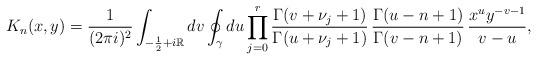
LaTeX: \begin{align*} K_n(x,y)=\frac{1}{(2\pi i)^2}\int_{-\frac{1}{2}+i\mathbb R}dv\oint_{\gamma}du \prod_{j=0}^r \frac{\Gamma(v+\nu_j+1)}{\Gamma(u+\nu_j+1)}\, \frac{\Gamma(u-n+1)}{\Gamma(v-n+1)} \, \frac{x^uy^{-v-1}}{v - u},\end{align*}